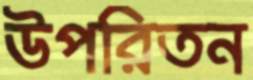
উপরিতন